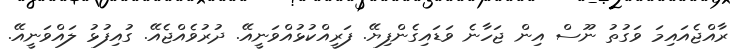
ރާއްޖެއައިމަ ވަގުތު ނޫސް އިން ޖަހާނެ ވަޑައިގެންފިޔޭ. ފަރީއްކުޅުއްވަނީއޭ. ދުރުވެއްޖެއޭ. ގުއިފުޅު ލައްވަނީއޭ.